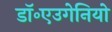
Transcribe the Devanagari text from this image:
डॉ॰एउगेनियो